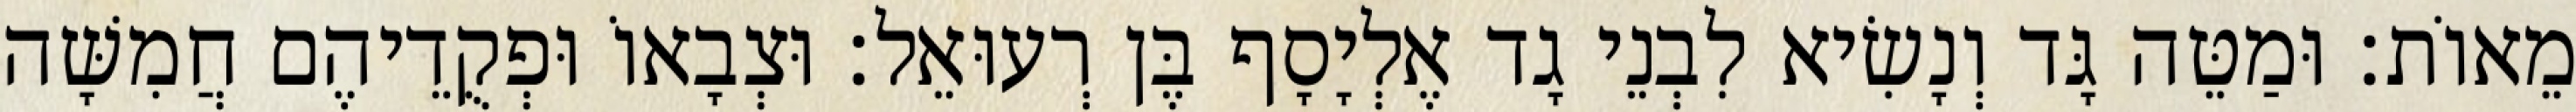
מֵאוֹת׃ וּמַטֵּה גָּד וְנָשִׂיא לִבְנֵי גָד אֶלְיָסָף בֶּן רְעוּאֵל׃ וּצְבָאוֹ וּפְקֻדֵיהֶם חֲמִשָּׁה